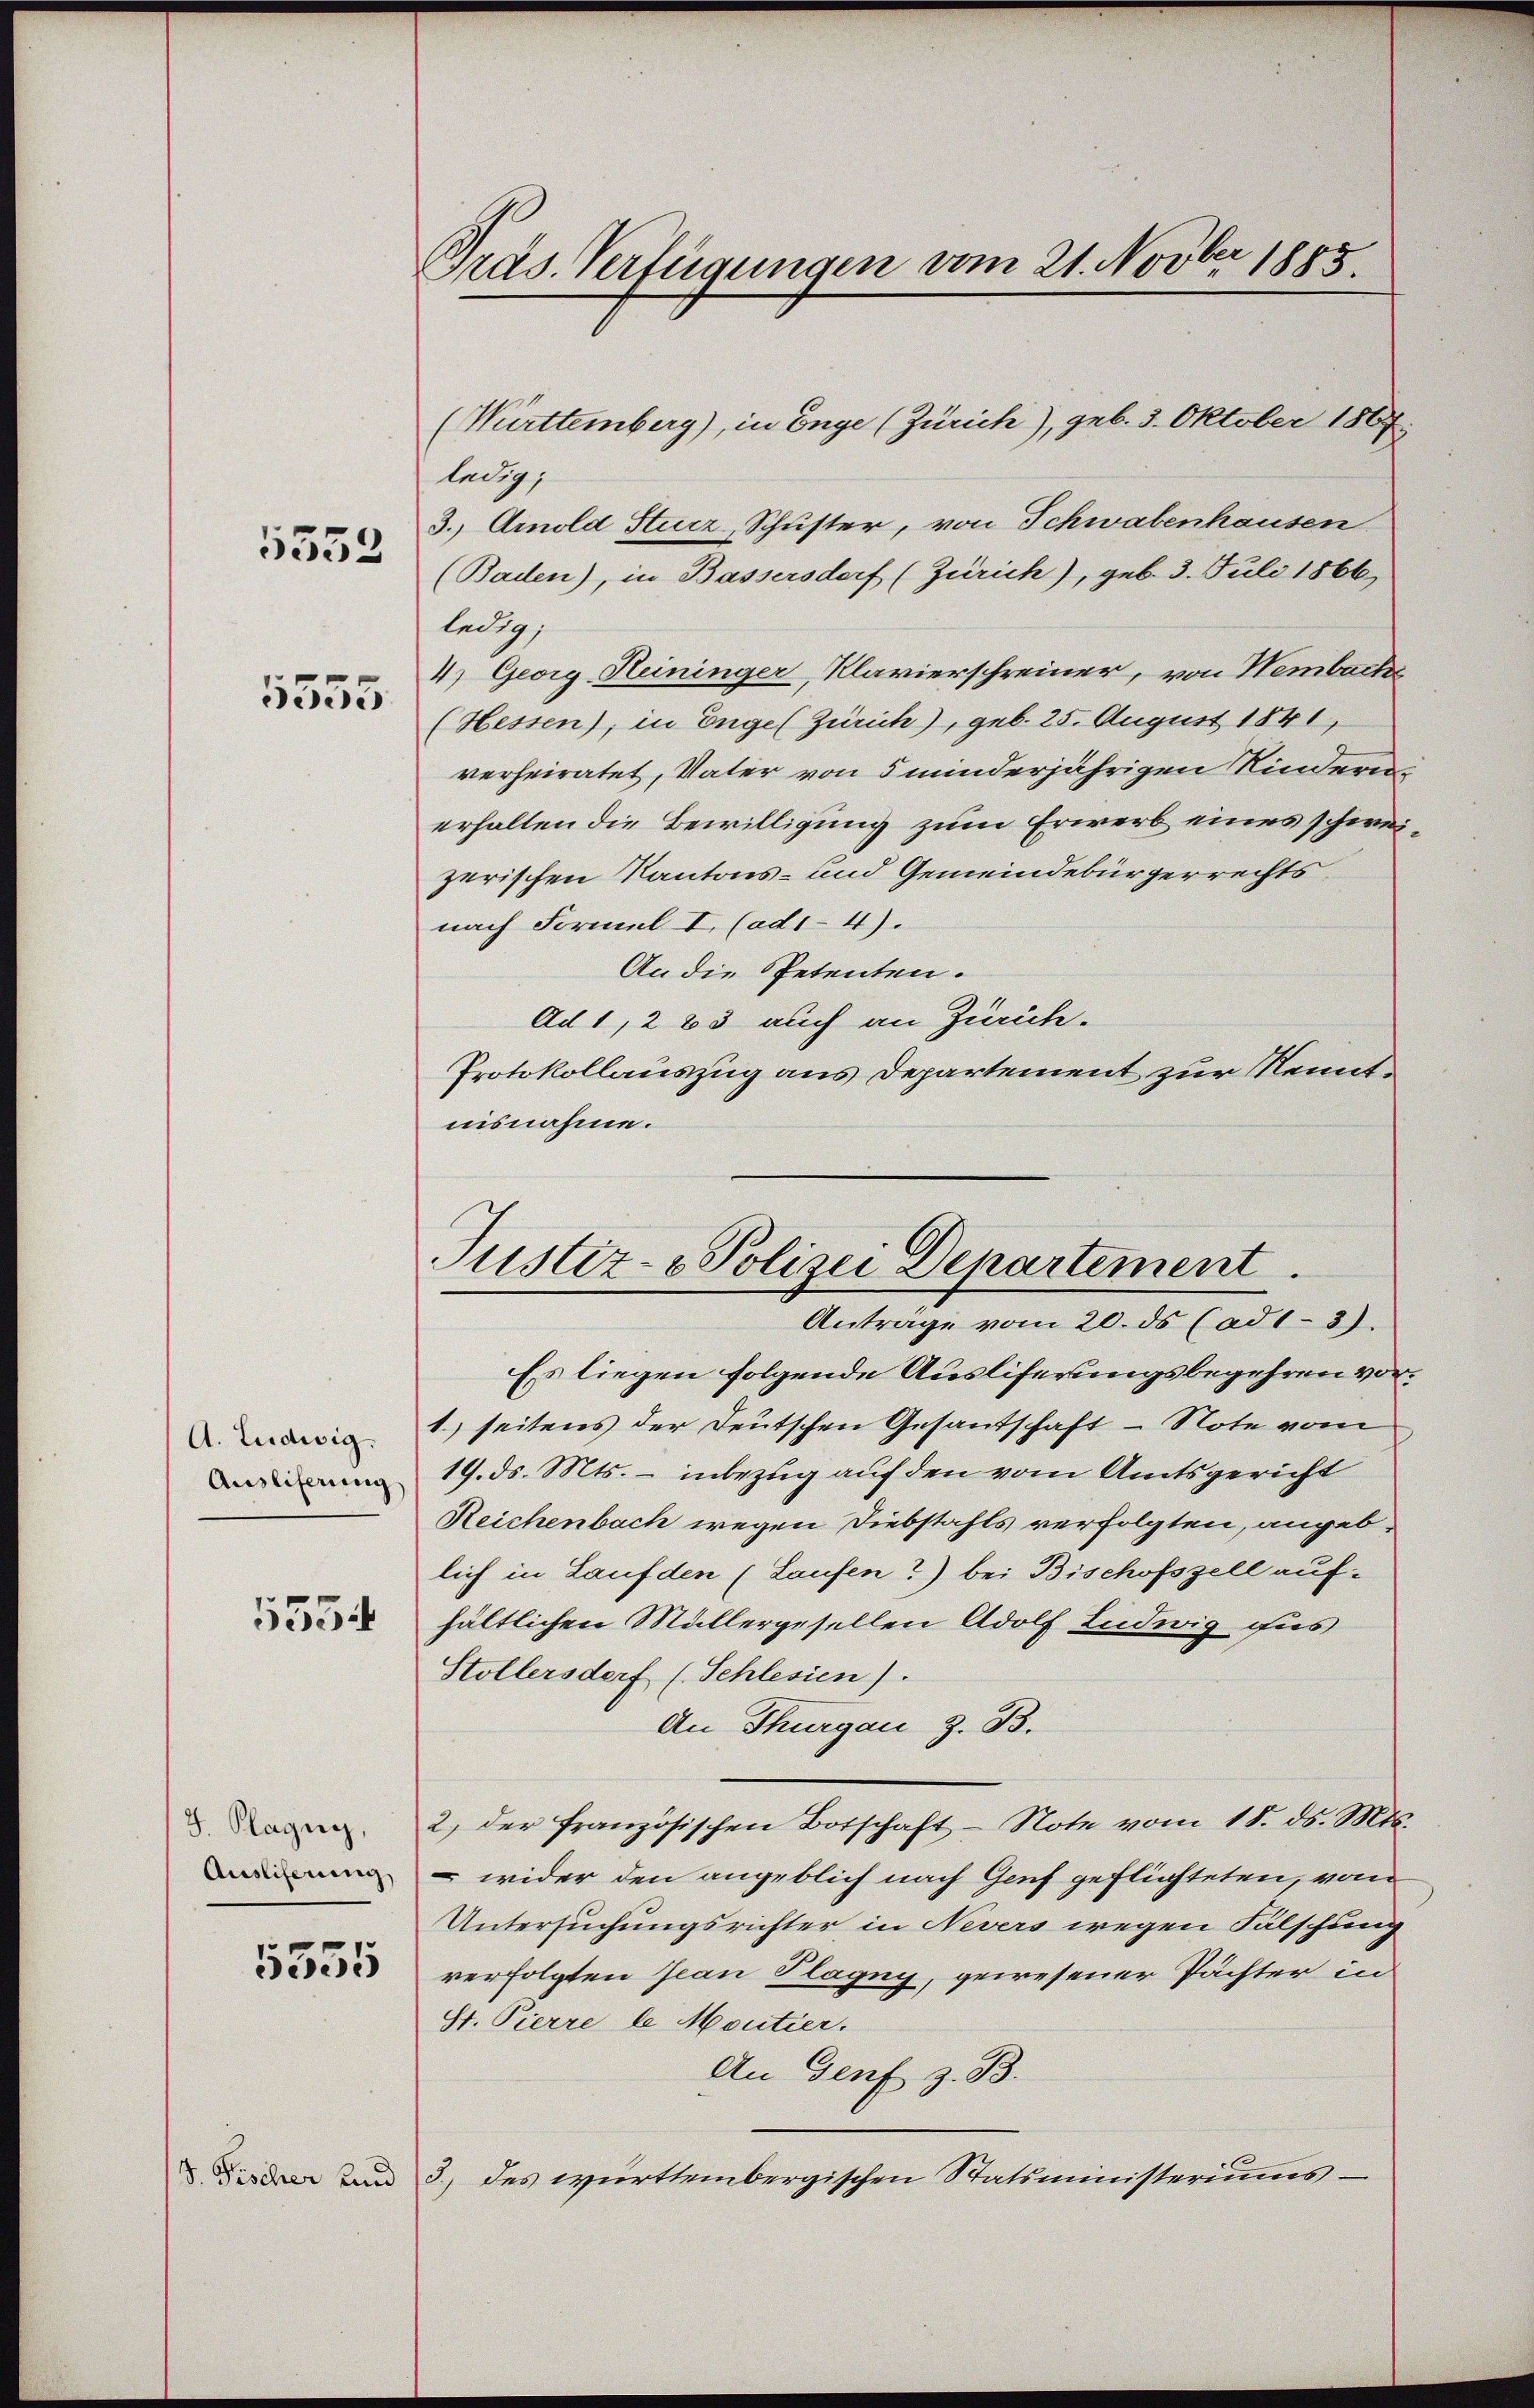
5333

5555

Präs. Verfügungen vom 21. Novber 1885.

(Württemberg), in Enge (Zürich), geb. 3. Oktober 1867
ledig,
3.) Amold Sturz, Schuster, von Schwabenhausen
(Baden), in Bassersdorf (Zürich), geb. 3. Juli 1866,
ledig,
4) Georg Heininger, Klavierschreiner, von Nembach
(Hessen); in Enge (Zürich), geb. 25. August 1841,
verheiratet, Vater von 5 minderjährigen Kindern
erhalten die Bewilligung zum Erwerb eines schweizerischen Kantons- und Gemeindebürgerrechts
nach Formel I. (ad1-4).
An die Petenten.
Ad 1, 283 auch an Zürich.
Protokollauszug aus Departement zur Nenntuisnahme.

Es liegen folgende Ausliferungsbegehren voria 1.) seitens der Deutschen Gesantschaft - Note vom
 19. ds. Mts. - inbezug auf den vom Amtsgericht
Reichenbach wegen Diebstahls verfolgten, angeblich in Lauf den (Laufen?) bei Bischofszell auf-
 hältlichen Müllergesellen Adolf Ludwig Fus
Stöllersdorf (Schlesien).
An Thurgau z. B.
 2, der französischen Botschaft - Note vom 18. ds. Mts.
wider den angeblich nach Genf geflichteten, vom
Untersuchungsrichter in Nevers wegen Fälschung
3 verfolgten Jean Plagny, gewesener Pächter in
St. Pierre le Moutier.
An Genf z. B.
 und 3 des württembergischen Statsministeriums-

Justiz- & Polizei Departement.
Antrage vom 20. ds (ad 1-3).